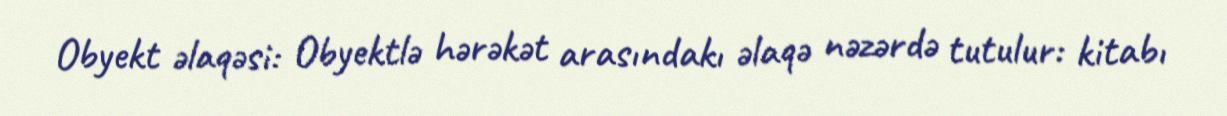
Obyekt əlaqəsi: Obyektlə hərəkət arasındakı əlaqə nəzərdə tutulur: kitabı